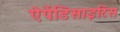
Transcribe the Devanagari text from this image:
ऐपेंडिसाइटिस